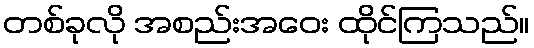
တစ်ခုလို အစည်းအဝေး ထိုင်ကြသည်။